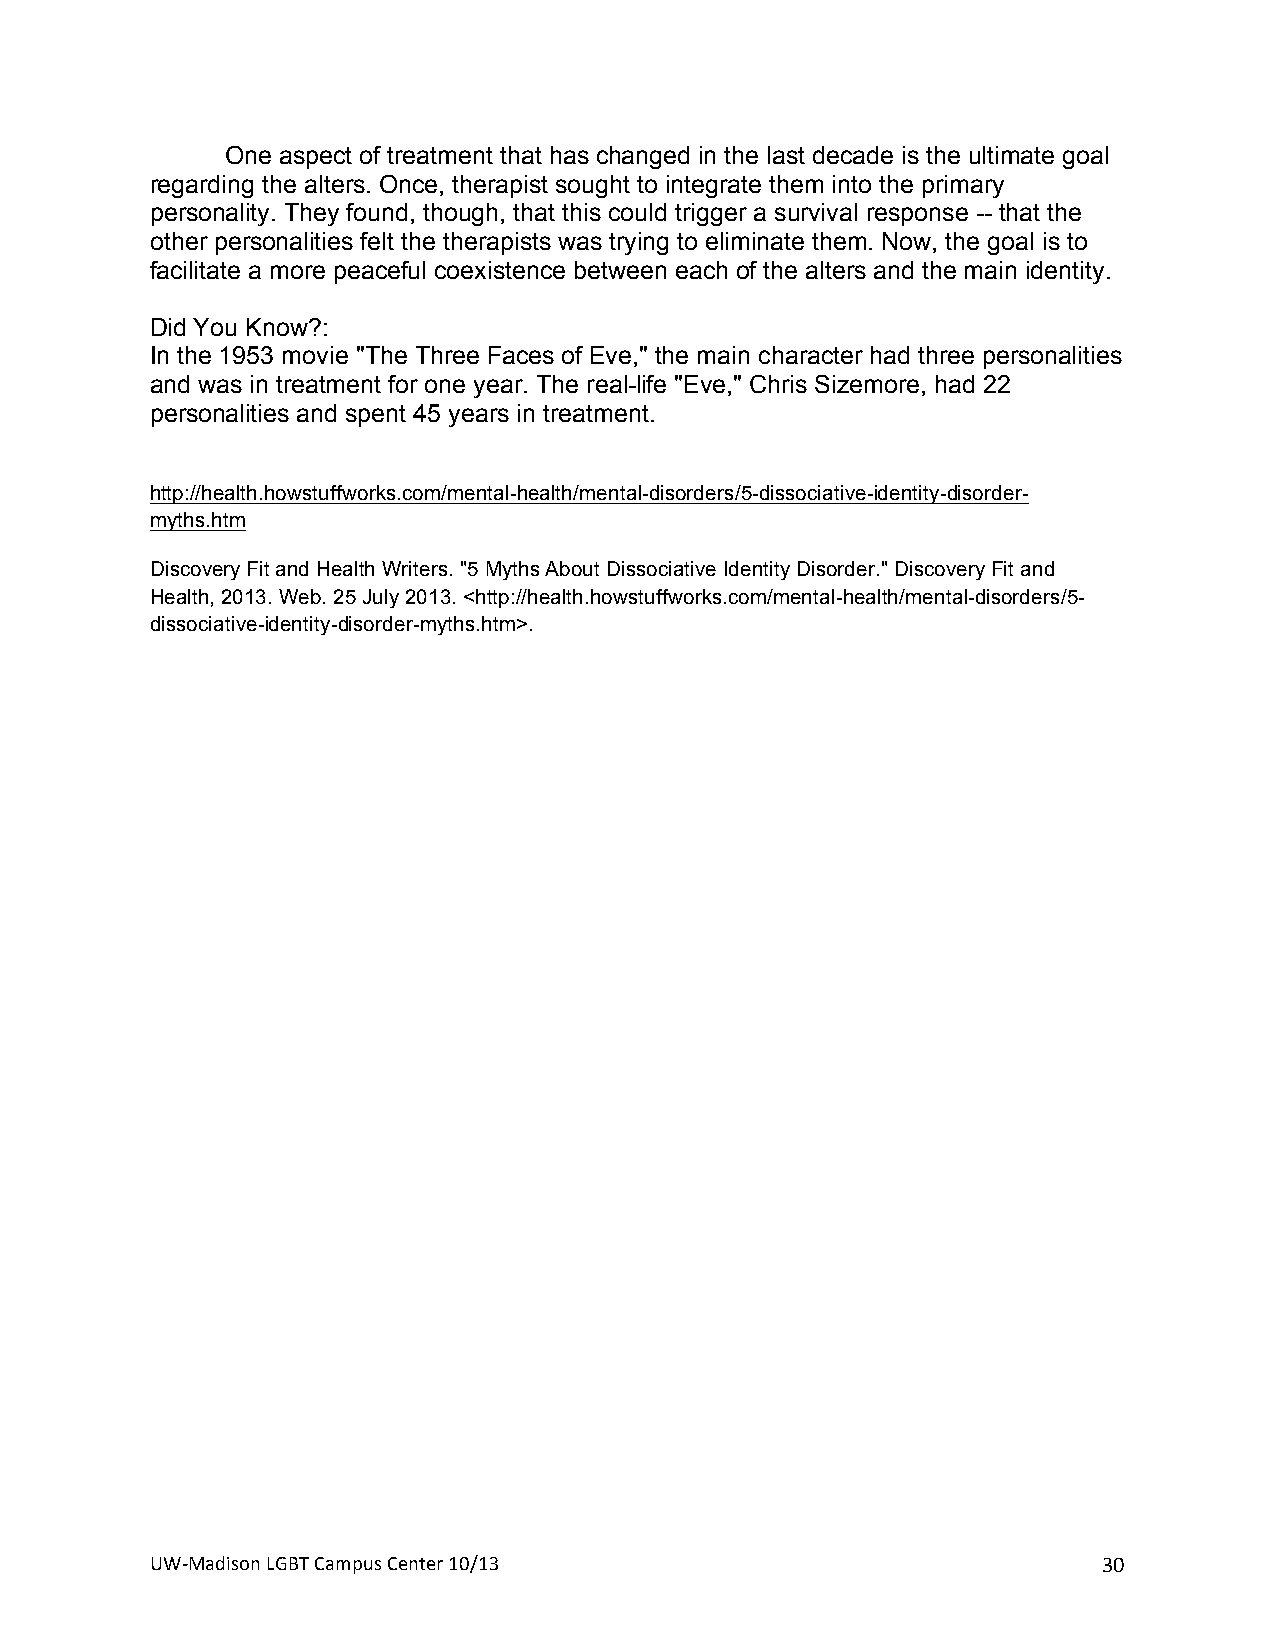
One aspect of treatment that has changed in the last decade is the ultimate goal
 regarding the alters. Once, therapist sought to integrate them into the primary
 personality. They found, though, that this could trigger a survival response -- that the
 other personalities felt the therapists was trying to eliminate them. Now, the goal is to
 facilitate a more peaceful coexistence between each of the alters and the main identity.
 +
 Did You Know?:
 In the 1953 movie "The Three Faces of Eve," the main character had three personalities
 and was in treatment for one year. The real-life "Eve," Chris Sizemore, had 22
 personalities and spent 45 years in treatment.
 +
 http://health.howstuffworks.com/mental-health/mental-disorders/5-dissociative-identity-disorder-
 myths.htm
 Discovery Fit and Health Writers. "5 Myths About Dissociative Identity Disorder." Discovery Fit and
 Health, 2013. Web. 25 July 2013. <http://health.howstuffworks.com/mental-health/mental-disorders/5-
 dissociative-identity-disorder-myths.htm>.
 UW#Madison+LGBT+Campus+Center+10/13+                           30+